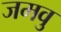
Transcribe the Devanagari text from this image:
जमवु